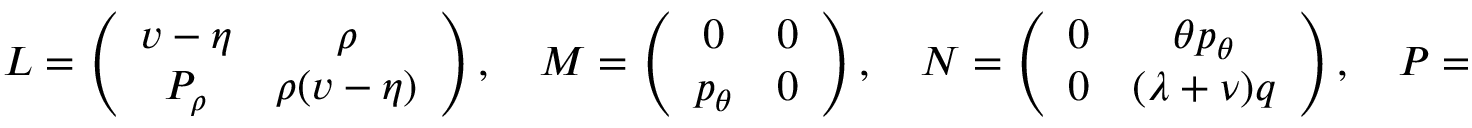
\begin{array} { r } { L = \left( \begin{array} { c c } { v - \eta } & { \rho } \\ { P _ { \rho } } & { \rho ( v - \eta ) } \end{array} \right) , \quad M = \left( \begin{array} { c c } { 0 } & { 0 } \\ { p _ { \theta } } & { 0 } \end{array} \right) , \quad N = \left( \begin{array} { c c } { 0 } & { \theta p _ { \theta } } \\ { 0 } & { ( \lambda + \nu ) q } \end{array} \right) , \quad P = \left( \begin{array} { c c } { \rho e _ { \theta } ( v - \eta ) } & { 1 } \\ { \kappa } & { \tau ( v - \eta ) } \end{array} \right) , } \end{array}